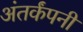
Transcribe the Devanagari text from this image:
अंतर्कंपनी